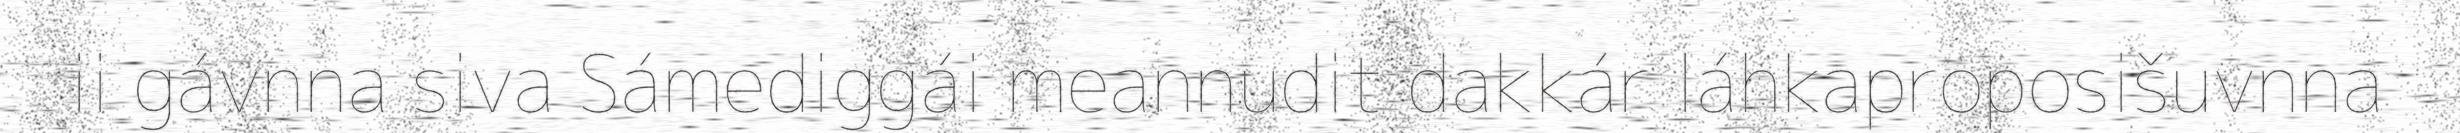
ii gávnna siva Sámediggái meannudit dakkár láhkaproposišuvnna